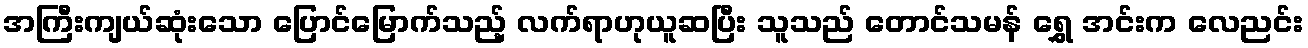
အကြီးကျယ်ဆုံးသော ပြောင်မြောက်သည့် လက်ရာဟုယူဆပြီး သူသည် တောင်သမန် ရွှေ အင်းက လေညင်း